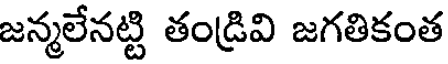
జన్మలేనట్టి తండ్రివి జగతికంత